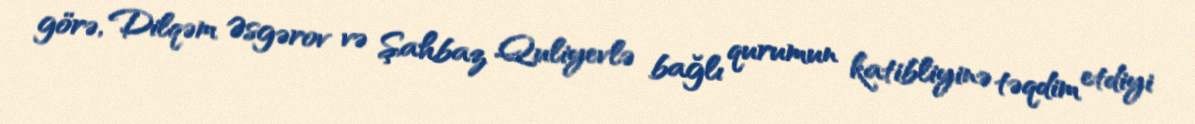
görə, Dilqəm Əsgərov və Şahbaz Quliyevlə bağlı qurumun katibliyinə təqdim etdiyi